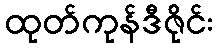
ထုတ်ကုန်ဒီဇိုင်း